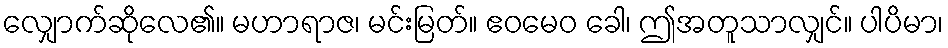
လျှောက်ဆိုလေ၏။ မဟာရာဇ၊ မင်းမြတ်။ ဧဝမေဝ ခေါ၊ ဤအတူသာလျှင်။ ပါပိမာ၊